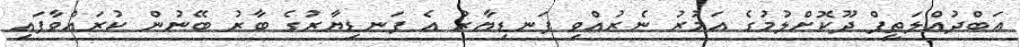
އަބްދުއްލަތީފް ދޫކޮށްލުމުގެ އަމުރު ނެރުއްވި ފަނޑިޔާރު އެ ފަނޑިޔާރުގެ ބާރު ބޭނުން ކުރައްވާފައި